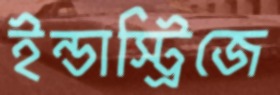
ইন্ডাস্ট্রিজে